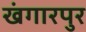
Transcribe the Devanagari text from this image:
खंगारपुर